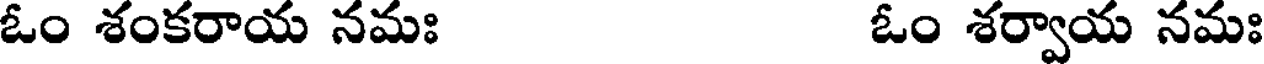
ఓం శంకరాయ నమః ఓం శర్వాయ నమః